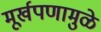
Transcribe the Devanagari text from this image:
मूर्खपणामुळे